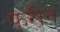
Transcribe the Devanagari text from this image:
फरीन